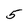
Character: 5